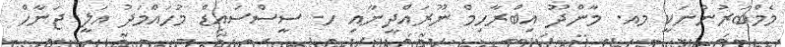
މެމްބަރުންނަކީ މއ. މާންދޫ އިބްރާހިމް ނޫރައްދީނާއި ހ. ސީސްސައިޑް މުހައްމަދު އަލީ ޖަނާހް